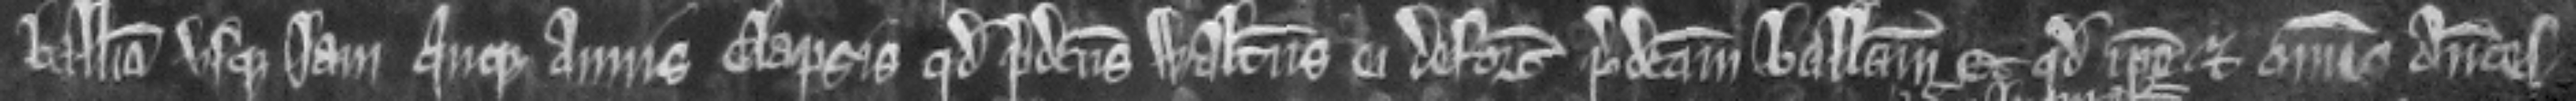
balliva usque jam quinque annis elapsis quod predictus Walterus ei deforciavit predictam ballivam Et quod ipse et omnes anteces